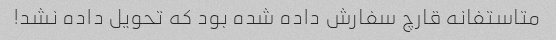
متاستفانه قارچ سفارش داده شده بود که تحویل داده نشد!